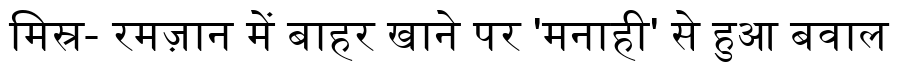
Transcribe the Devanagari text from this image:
मिस्र- रमज़ान में बाहर खाने पर 'मनाही' से हुआ बवाल